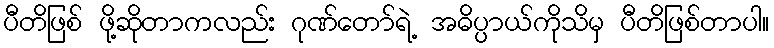
ပီတိဖြစ် ဖို့ဆိုတာကလည်း ဂုဏ်တော်ရဲ့ အဓိပ္ပာယ်ကိုသိမှ ပီတိဖြစ်တာပါ။